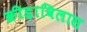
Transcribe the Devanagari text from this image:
क्रीड़ाविलास